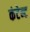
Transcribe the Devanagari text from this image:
कंटेन्ट